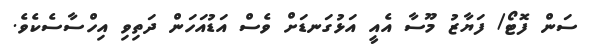
ސަން ފޮޓޯ/ ފަޔާޒު މޫސާ އެއީ އަޅުގަނޑަށް ވެސް އަޑުއަހަން ދަތިވި އިހްސާސެކެވެ.